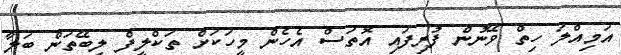
އަމިއްލަ ހިތް ވޭނުން ފުރިފައި އޮތަސް އެހެން މީހަކަށް ތަކްލީފް ލިބޭތަން ބަލާ